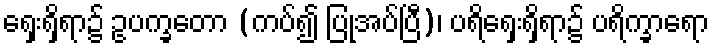
ရှေးရှိရာ၌ ဥပက္ခတော (ကပ်၍ ပြုအပ်ပြီ)၊ ပရိရှေးရှိရာ၌ ပရိက္ခာရော